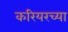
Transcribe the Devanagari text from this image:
करियरच्या